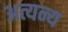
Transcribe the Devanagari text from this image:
अत्यन्य